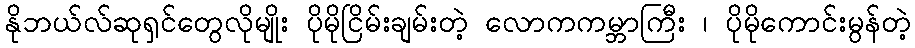
နိုဘယ်လ်ဆုရှင်တွေလိုမျိုး ပိုမိုငြိမ်းချမ်းတဲ့ လောကကမ္ဘာကြီး ၊ ပိုမိုကောင်းမွန်တဲ့